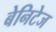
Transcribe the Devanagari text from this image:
बेनिटेज